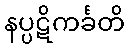
နပ္ပဋိကင်္ခတိ